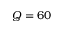
Q = 6 0